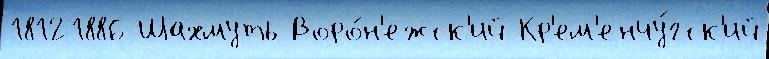
18121886 Шахмуть Воро́н'ежск'ий Кр'ем'енчу́гск'ий